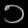
Digit: ၁